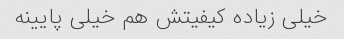
خیلی زیاده کیفیتش هم خیلی پایینه